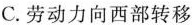
C.劳动力向西部转移